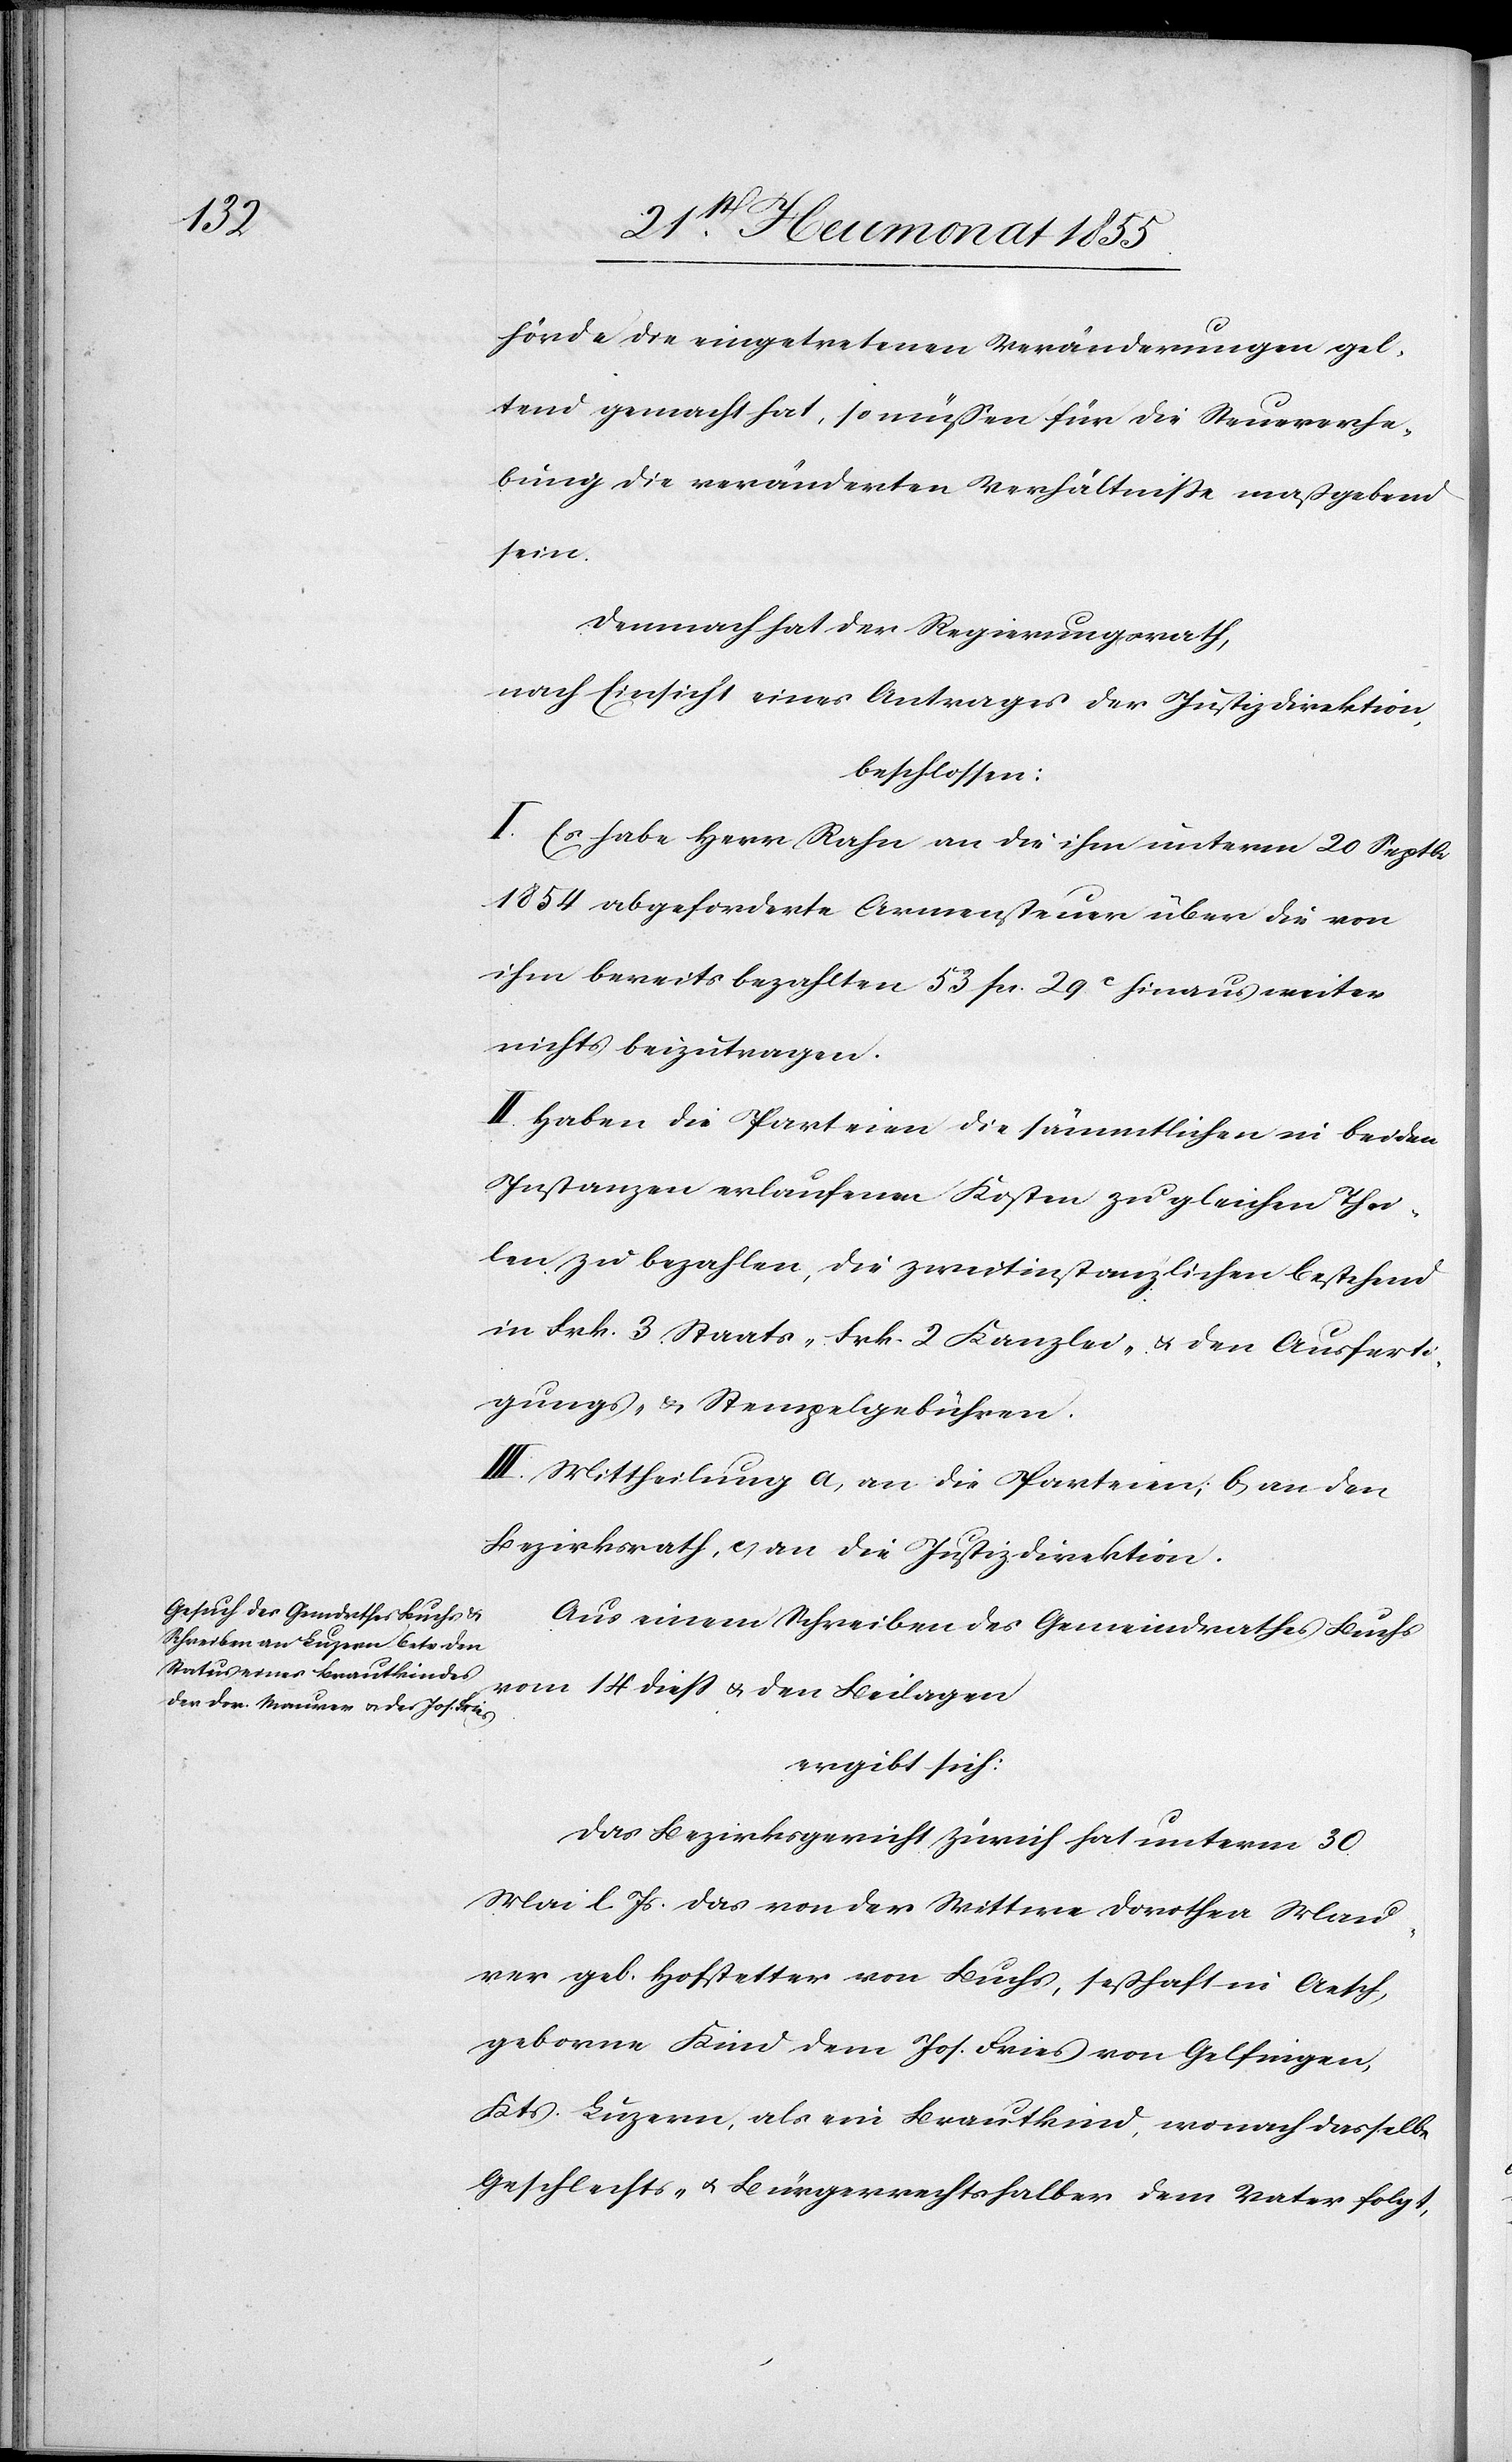
hörde die eingetretenen Veränderungen gel¬
tend gemacht hat, so müssen für die Steuererhe¬
bung die veränderten Verhältnisse maßgebend
sein.
Demnach hat der Regierungsrath,
nach Einsicht eines Antrages der Justizdirektion,
beschlossen:
I. Es habe Herr Rahn an die ihm unterm 20 Septbr.
1854 abgeforderte Armensteuer über die von
ihm bereits bezahlten 53 Fcs. 29C hinaus weiter
nichts beizutragen.
II. Haben die Parteien die sämmtlichen in beiden
Instanzen erlaufenen Kosten zu gleichen Thei¬
len zu bezahlen, die zweitinstanzlichen bestehend
in Frk. 3 Staats-[,] Frk. 2 Kanzlei- & den Ausferti¬
gungs- & Stempelgebühren.
III. Mittheilung a, an die Parteien, b, an den
Bezirksrath, c, an die Justizdirektion.
Aus einem Schreiben des Gemeindrathes Buchs
vom 14 diess & den Beilagen
ergibt sich:
Das Bezirksgericht Zürich hat unterm 30.
Mai l. Js. das von der Wittwe Dorothea Mau¬
rer geb. Hofstetter von Buchs, seßhaft in Aesch,
geborne Kind dem Jos. Fries von Gelfingen,
Kts. Luzern, als ein Brautkind, wonach dasselbe
Geschlechts- & Bürgerrechtshalber dem Vater folgt,